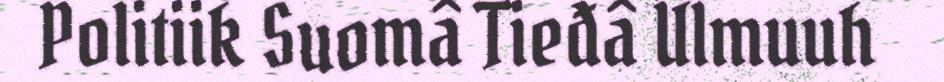
Politiik Suomâ Tieđâ Ulmuuh